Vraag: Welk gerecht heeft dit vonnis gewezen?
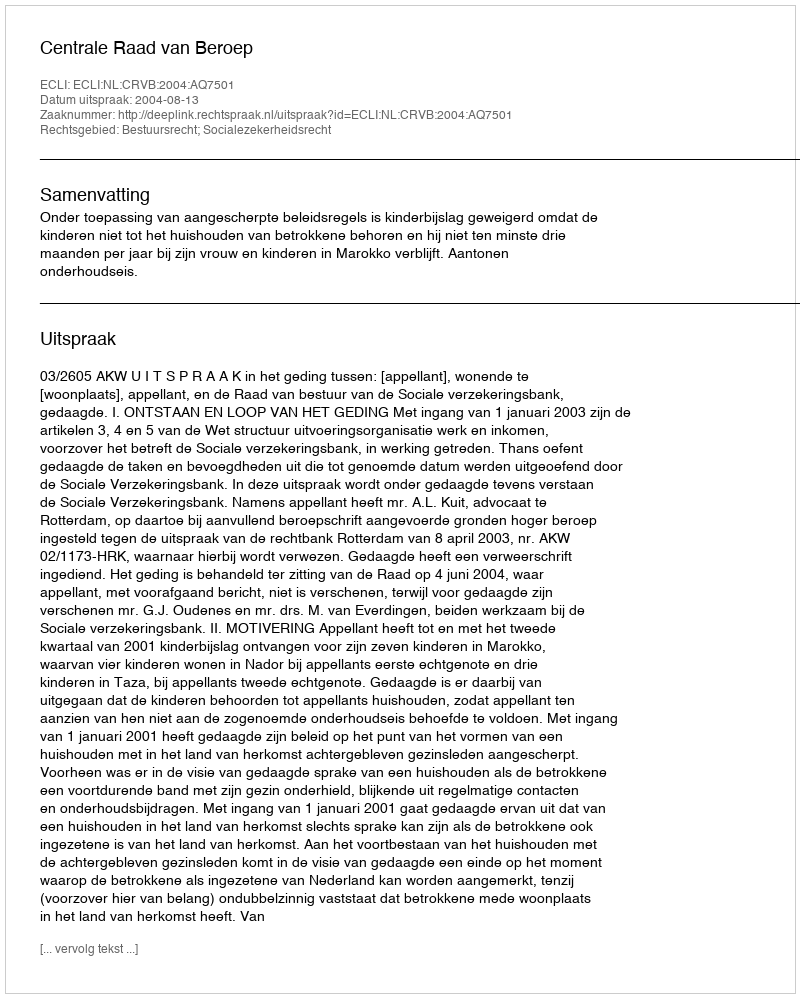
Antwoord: Centrale Raad van Beroep